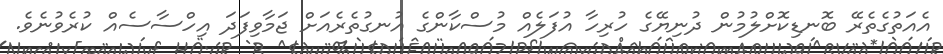
އެއަތުގެތެރޭ ބޮނޑިކޮށްލުމުން ދުނިޔޭގެ ހުރިހާ އުފަލެއް މުސްކާންގެ އުނގުތެރެއަށް ޖަމާވިފަދަ އިހްސާސެއް ކުރެވުނެވެ.